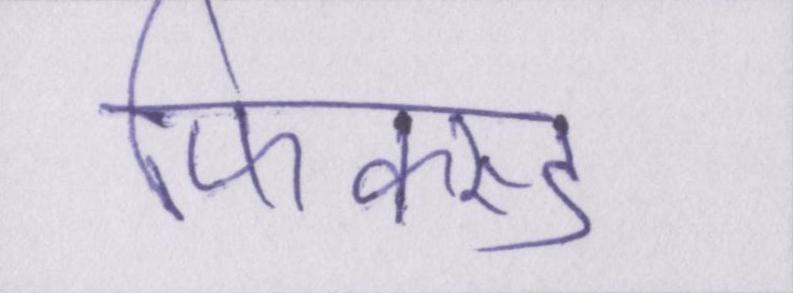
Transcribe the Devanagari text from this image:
फिक्स्ड